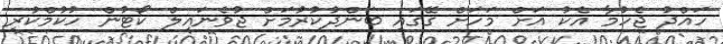
ހައްދު ޖެހުމާ އެކު އަށް މަހަށް ގޭގައި ބަންދުކުރުމަށް ޖުވެނައިލް ކޯޓުން ހުކުމްކުރި